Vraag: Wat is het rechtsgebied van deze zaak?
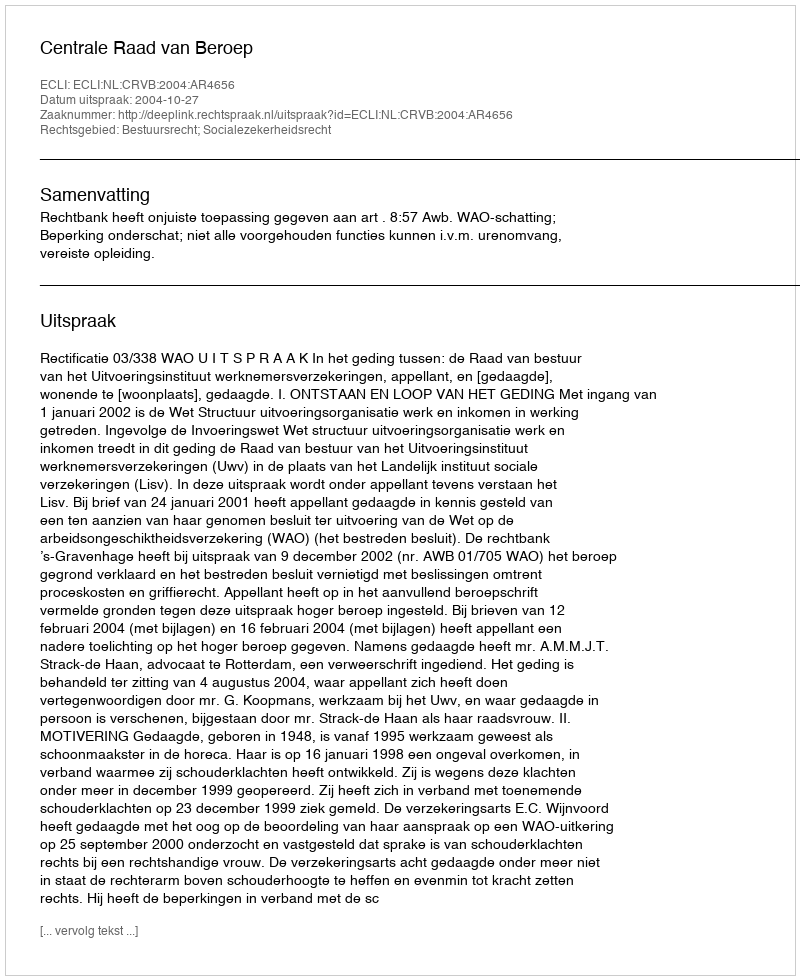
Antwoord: Bestuursrecht; Socialezekerheidsrecht